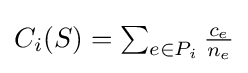
\textstyle C_{i}(S)=\sum _{e\in P_{i}}{\frac {c_{e}}{n_{e}}}